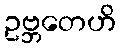
ဥဗ္ဘတေဟိ